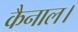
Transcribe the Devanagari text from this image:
कैनाल।